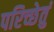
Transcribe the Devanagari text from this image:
परिच्छेतुं